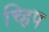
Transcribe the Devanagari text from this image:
च्हिप